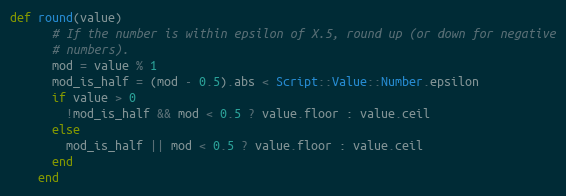
Language: Ruby
def round(value)
      # If the number is within epsilon of X.5, round up (or down for negative
      # numbers).
      mod = value % 1
      mod_is_half = (mod - 0.5).abs < Script::Value::Number.epsilon
      if value > 0
        !mod_is_half && mod < 0.5 ? value.floor : value.ceil
      else
        mod_is_half || mod < 0.5 ? value.floor : value.ceil
      end
    end